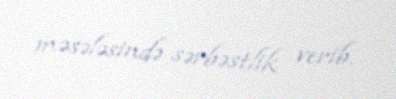
məsələsində sərbəstlik verib.